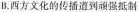
B.西方文化的传播道到顽强抵制